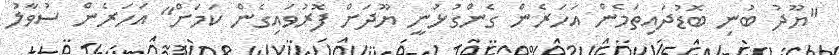
"ޔޫދު ބުނި ބޮޑުދައިތަމެން އަހަރެން ގެންގުޅުނީ ޔޫދަށް ފޮރުވައިގެން ކަމަށް" އަހަރެން ސުވާލު